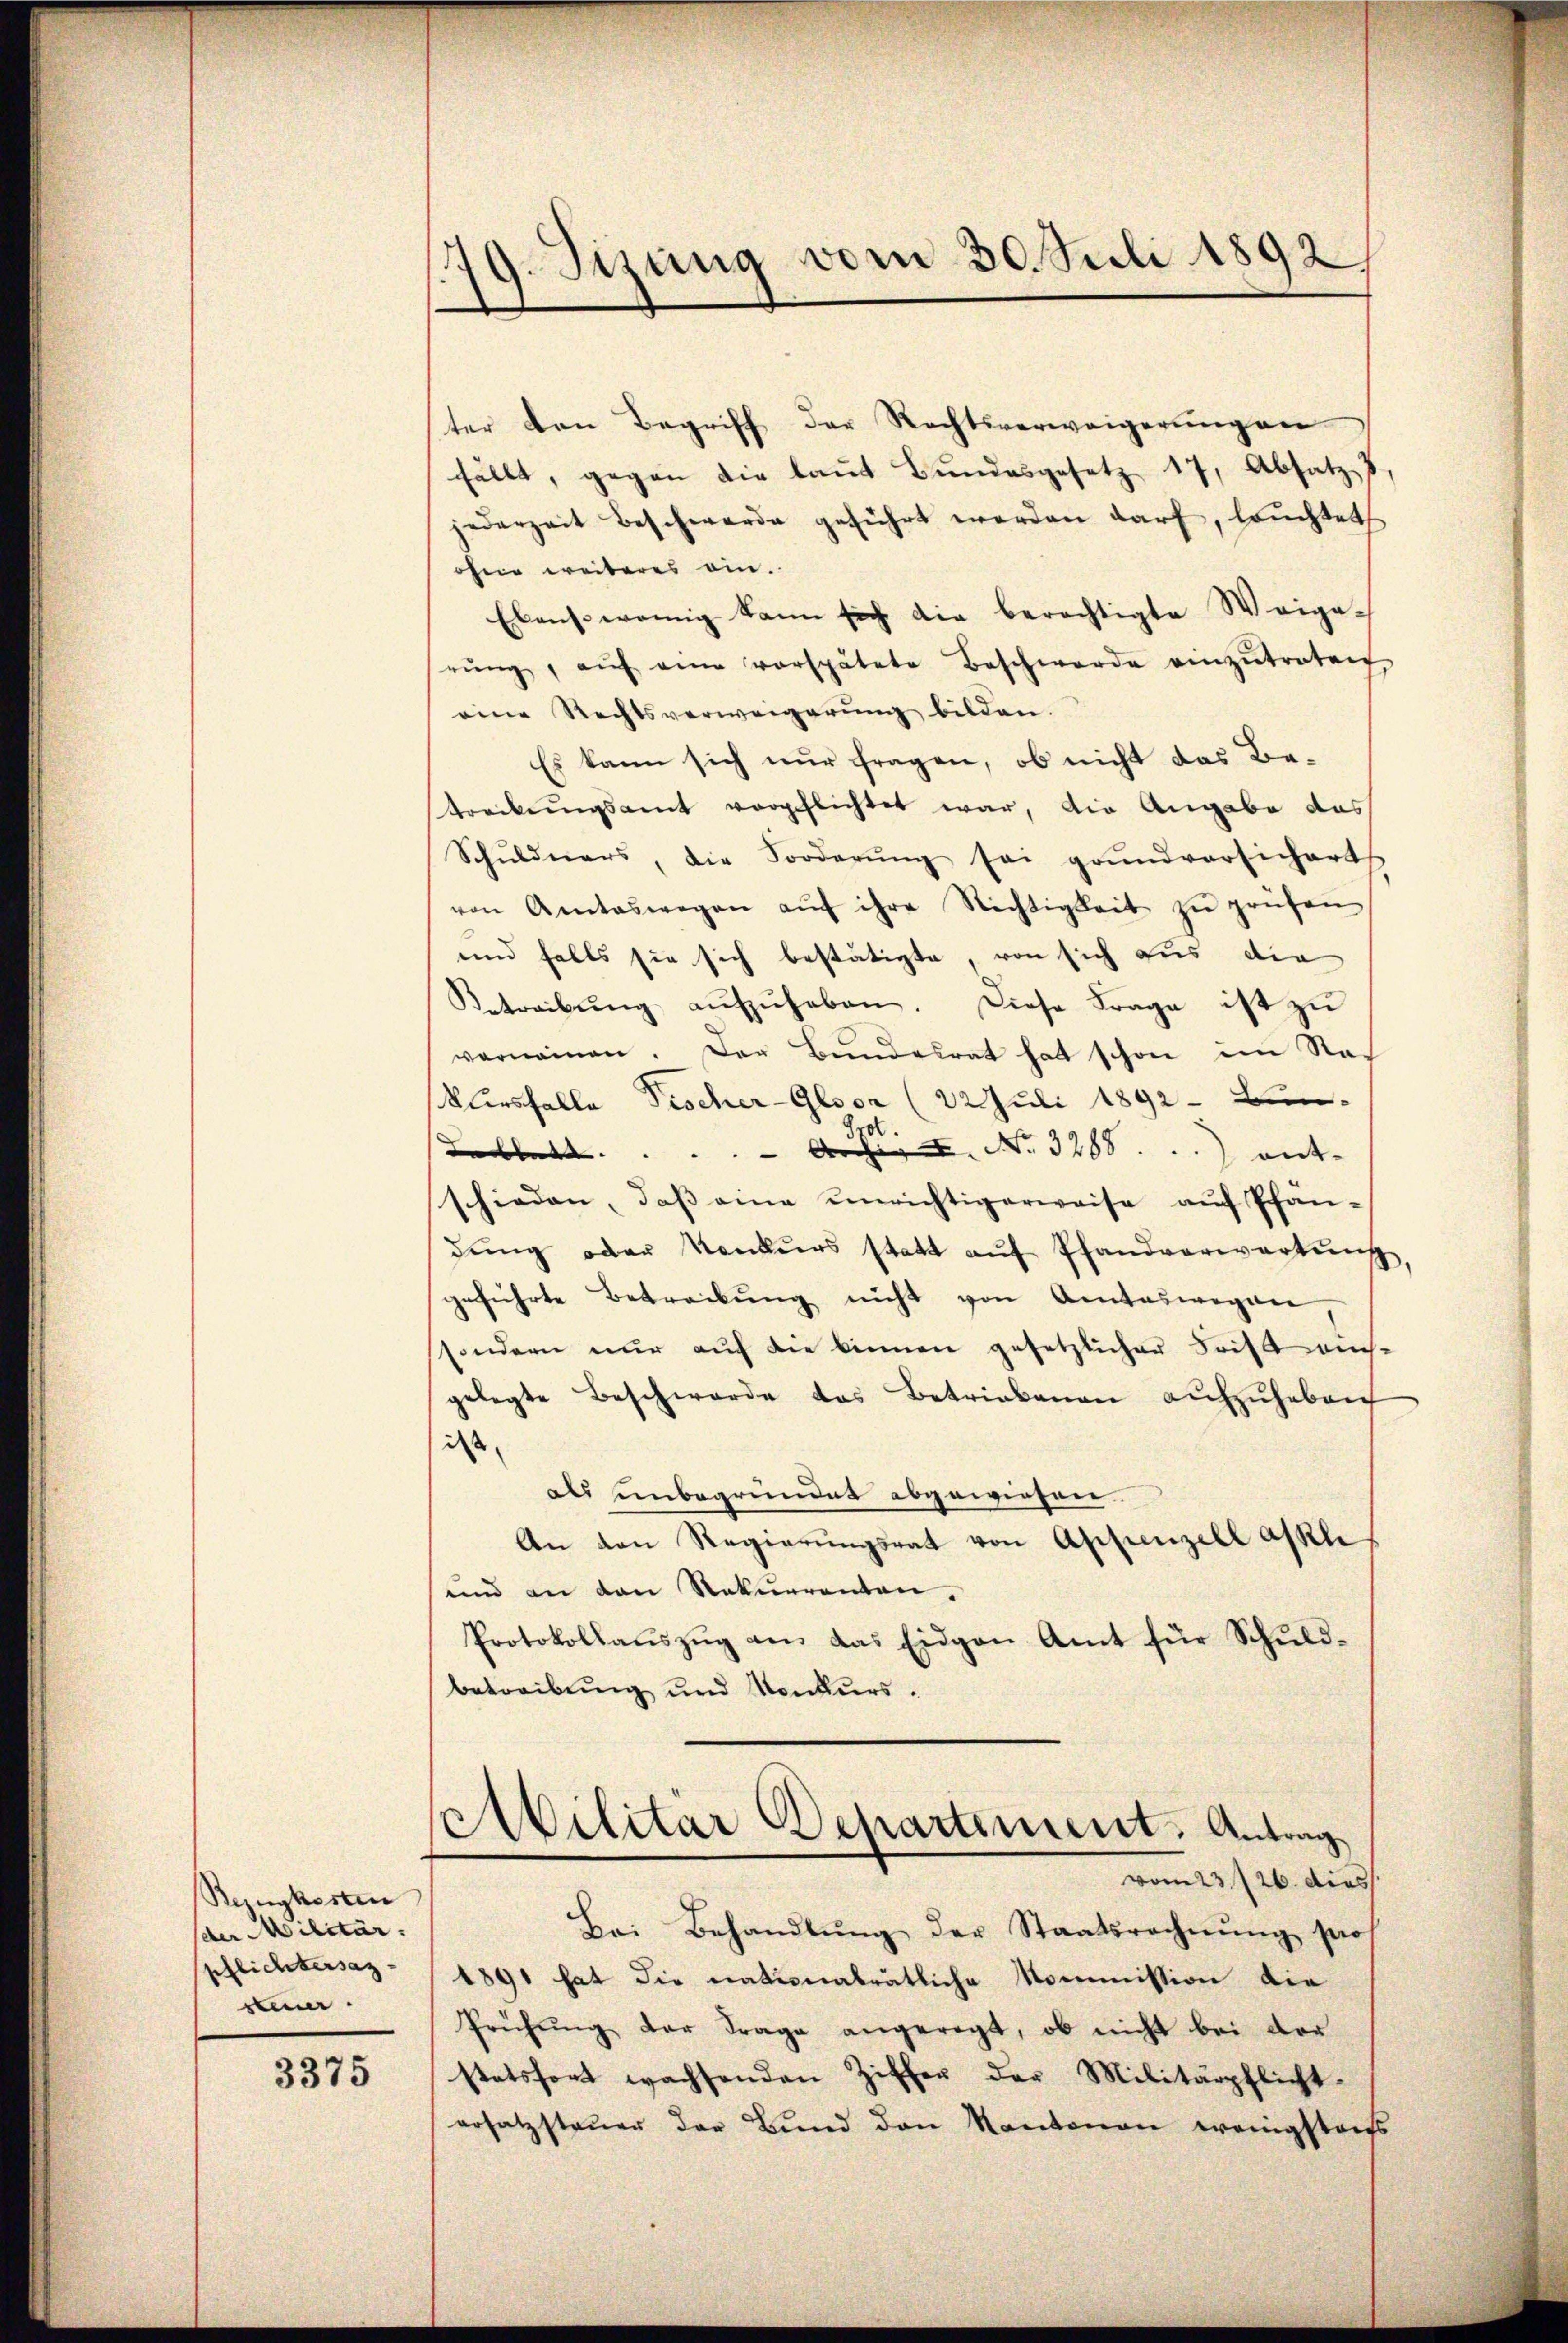
Bezugkosten
der Militär.
pflichtersaz.
sten.

3375

179. Sizung vom 30. Juli 1892

ter den Begriff der Rechtsverweigerungen
fällt, gegen die laut Bundesgesetz 17, Absatz v
jederzeit beschwerde geführt werden darf, lauchtet
ohne weiteres ein.
Ebensowenig kann sich die berechtigte Weige-
rŭng, aŭf eine verspätete Beschwerde einzŭtreten
eine Rechtsverweigerung bilden.
Es kann sich nur fragen, ob nicht das Betreckŭngsamt verpflichtet war, die Angabe das
Schŭldners, die Forderŭng sei grundversichert.
von Amtswegen aŭf ihre Nichtigkeit zŭ prüfen
und falls sie sich bestätigte, von sich aus die
Betreibŭng aŭfzŭheben. Diese Frage ist zŭ
vernommen. Der Bŭndesrat hat schon im Rekursfalle Fischer-Gloor (22 Juli 1892 - Bun
A. ..  No. 3288. ent-
e
schieden, daβ eine unrichtigerweise auf Pfan-
dŭng oder Konkurs statt aŭf Pfandverwartung,
geführte Betreibŭng nicht von Amteswegen
sondern nur auf die binnen gesetzlicher Frist auch
gelegte Beschwerde das Betriebenen aŭfzŭheben
ist
als unbegründet abgewiesen.
An den Regierŭngsrat von Appenzell assel
ŭnd an den Rekurrenten.
Protokollaŭszŭg an das Eidgen Amt für Schuldbetreibung und Konkurs.
Cibilitär Departement. Antrag
vom 23. 726. dies
Bei Behandlŭng der Staatsrechnŭng pro
1891 hat die nationalrätliche Kommission die
Prühung der Frage angeregt, ob nicht bei dor
stetsfort wachsenden Ziffer der Militärpflicht-
ersatzsteuer der Bund den Kantonen wenigstens